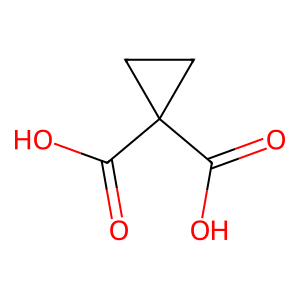
SMILES: O=C(O)C1(C(=O)O)CC1
Inhibits HIV replication: No